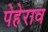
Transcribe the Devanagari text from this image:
पेहेराव